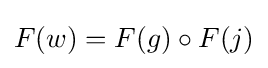
F(w)=F(g)\circ F(j)